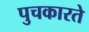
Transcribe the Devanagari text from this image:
पुचकारते